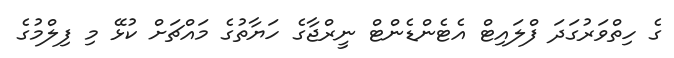
ގެ ހިތްވަރުގަދަ ފްލައިޓް އެޓެންޑެންޓް ނީރްޖާގެ ހަޔާތުގެ މައްޗަށް ކުޅޭ މި ފިލްމުގެ